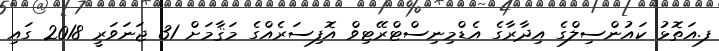
ފ.އަތޮޅު ކައުންސިލްގެ އިދާރާގެ އެޑްމިނިސްޓްރޭޓިވް އޮފިސަރެއްގެ މަޤާމަށް 31 ޖަނަވަރީ 2018 ގައި